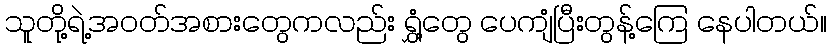
သူတို့ရဲ့အဝတ်အစားတွေကလည်း ရွှံ့တွေ ပေကျံပြီးတွန့်ကြေ နေပါတယ်။